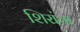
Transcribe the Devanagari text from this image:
शिरांचा